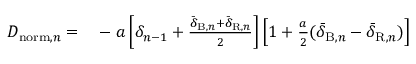
\begin{array} { r l } { D _ { \mathrm { n o r m } , n } = } & { { } - a \left[ \delta _ { n - 1 } + \frac { \bar { \delta } _ { \mathrm { B } , n } + \bar { \delta } _ { \mathrm { R } , n } } { 2 } \right] \left[ 1 + \frac { a } { 2 } ( \bar { \delta } _ { \mathrm { B } , n } - \bar { \delta } _ { \mathrm { R } , n } ) \right] } \end{array}